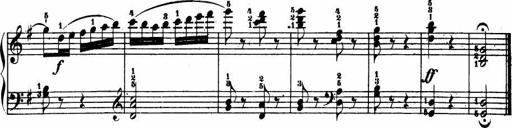
Title: Le bouquetier
Composer: Anton Diabelli
Key: G major
 C major
 F major
 C major